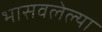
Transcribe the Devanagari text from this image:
भासवलेल्या